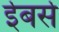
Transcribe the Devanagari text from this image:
ईबर्स